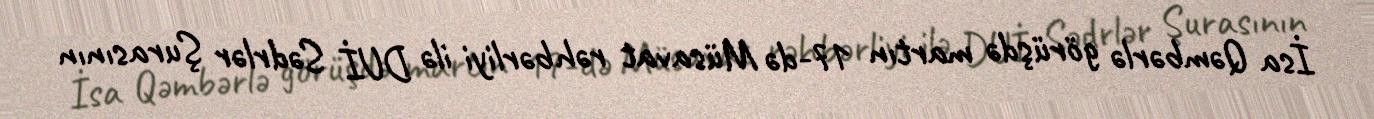
İsa Qəmbərlə görüşdə martın 17-də Müsavat rəhbərliyi ilə DUİ Sədrlər Şurasının